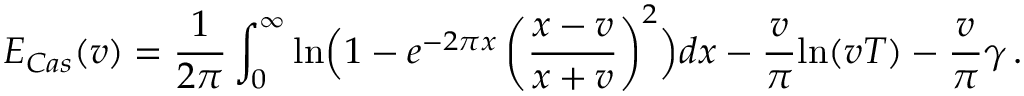
E _ { C a s } ( v ) = \frac { 1 } { 2 \pi } \int _ { 0 } ^ { \infty } \mathrm { l n } \Bigl ( 1 - e ^ { - 2 \pi x } \left( \frac { x - v } { x + v } \right) ^ { 2 } \Bigr ) d x - \frac { v } { \pi } \mathrm { l n } ( v T ) - \frac { v } { \pi } \gamma \, .